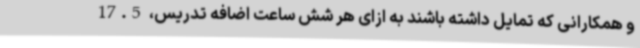
و همکارانی که تمایل داشته باشند به ازای هر شش ساعت اضافه تدریس، 17.5